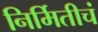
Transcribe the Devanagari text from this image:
निर्मितीचं